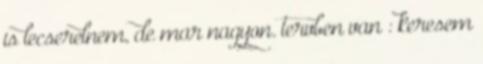
is lecserelnem, de mar nagyon. tervben van : keresem